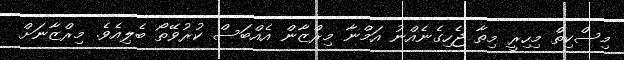
މިސްކިތް މިހިރީ މިތާ ޖެހިގެނެއްނު އަމްނާ މިރްޒާން އެއްބަސް ކުރުވޭތޯ ބެލިއެވެ. މިރްޒާނަށް